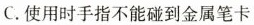
C.使用时手指不能碰到金属笔卡